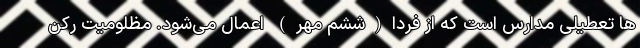
ها تعطیلی مدارس است که از فردا(ششم مهر) اعمال می‌شود. مظلومیت رکن